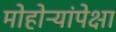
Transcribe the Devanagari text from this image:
मोहोऱ्यांपेक्षा